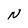
Character: N